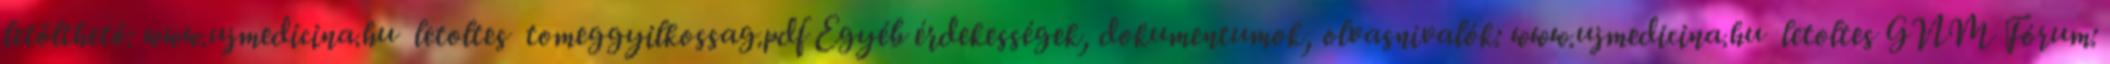
letölthető: www.ujmedicina.hu letoltes tomeggyilkossag.pdf Egyéb érdekességek, dokumentumok, olvasnivalók: www.ujmedicina.hu letoltes GNM Fórum: